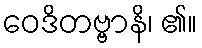
ဝေဒိတဗ္ဗာနိ၊ ၏။